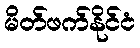
မိတ်ဖက်နိုင်ငံ